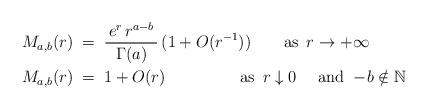
LaTeX: \begin{align*} M_{a,b}(r)\;&=\;\frac{\,e^r\,r^{a-b}\,}{\Gamma(a)}\,(1+O(r^{-1}))\qquad\textrm{as }\,r\to+\infty \\ M_{a,b}(r)\;&=\;1+O(r)\qquad\qquad\;\;\textrm{as }\,r\downarrow 0\quad\textrm{ and }-\!b\notin\mathbb{N} \end{align*}